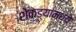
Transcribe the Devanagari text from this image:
शेकड्यांमध्ये